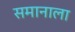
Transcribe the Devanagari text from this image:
समानाला